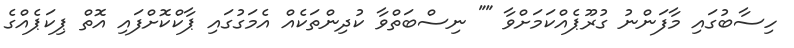
ހިސާބުގައި މާފަންނު ގުރޫޕެއްކަމަށްވާ "" ނިސްބަތްވާ ކުދިންތަކެއް އެމަގުގައި ޕާކްކޮށްފައި އޮތް ޕިކަޕެއްގެ